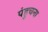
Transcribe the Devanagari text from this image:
पंहुचना